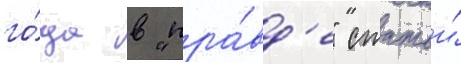
го́да в "пра́вд'е" статьи́